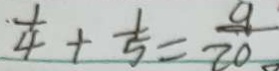
\frac { 1 } { 4 } + \frac { 1 } { 5 } = \frac { 9 } { 2 0 }